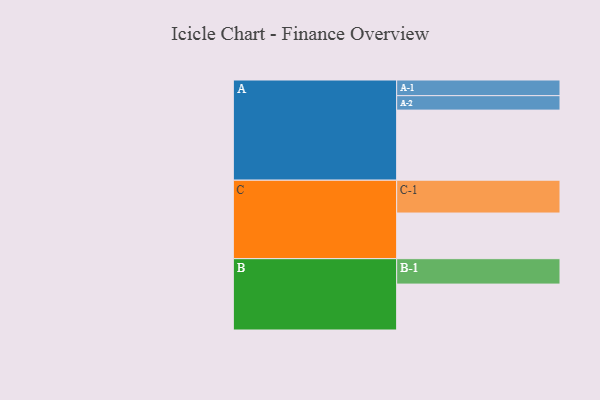
{"axis": {"x": "Segment", "y": "Value"}, "legend": ["", "A", "B", "C"], "data": [{"x": "A", "y": 519, "type": ""}, {"x": "B", "y": 340, "type": ""}, {"x": "C", "y": 338, "type": ""}, {"x": "A-1", "y": 116, "type": "A"}, {"x": "A-2", "y": 107, "type": "A"}, {"x": "B-1", "y": 188, "type": "B"}, {"x": "C-1", "y": 243, "type": "C"}]}